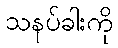
သနပ်ခါးကို